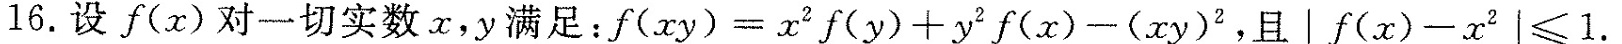
16.设f(x)对一切实数x，y满 $$:f ( x y ) = x ^ { 2 } f ( y ) + y ^ { 2 } f ( x ) - ( x y ) ^ { 2 },$$ ,且$$│ f ( x ) - x ^ { 3 } | ≤ 1$$.